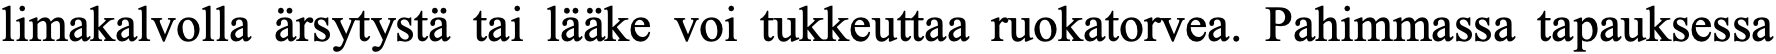
limakalvolla ärsytystä tai lääke voi tukkeuttaa ruokatorvea. Pahimmassa tapauksessa